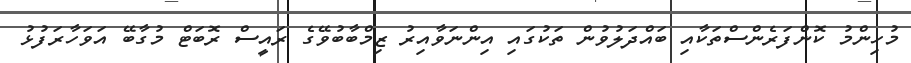
މުހިންމު ކޮންފަރެންސްތަކާއި ބައްދަލުވުން ތަކުގައި އިންނަވާއިރު ޒިމްބާބުވޭގެ ރައީސް ރޮބަޓް މުގާބޭ އަވަހާރަފުޅު